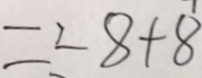
= - 8 + 8